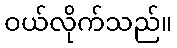
ဝယ်လိုက်သည်။